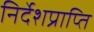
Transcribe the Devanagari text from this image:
निर्देशप्राप्ति